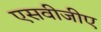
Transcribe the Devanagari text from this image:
एसवीजीए